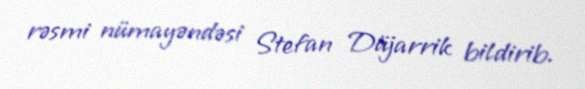
rəsmi nümayəndəsi Stefan Düjarrik bildirib.